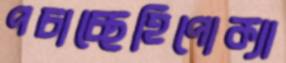
পচাচ্ছেহিপোক্যা